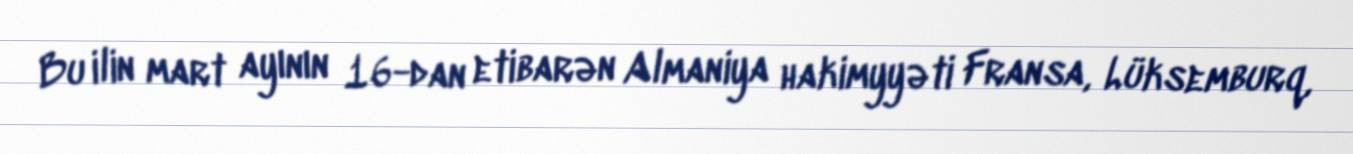
Bu ilin mart ayının 16-dan etibarən Almaniya hakimyyəti Fransa, Lüksemburq,